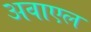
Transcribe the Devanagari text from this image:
अवाएल